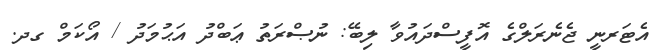
އެޓަރނީ ޖެނެރަލްގެ އޮފީސްދައުވާ ލިބޭ: ނުޞްރަތު ޢަބްދު އަޙުމަދު / އޯކަމް ގދ.